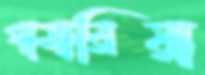
গামারিয়া